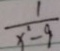
\frac { 1 } { x ^ { 2 } - 9 }